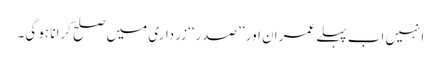
انہیں اب پہلے عمران اور ’’صدر‘‘ زرداری میں صلح کرانا ہو گی۔